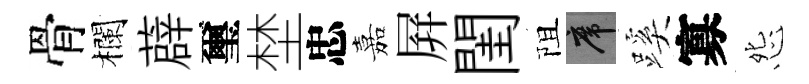
骨欄薜璽埜忠嘉屛閨阻席蹊寡怨